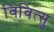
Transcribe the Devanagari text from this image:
विवित्सु